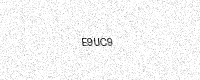
Text: E9UC9